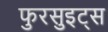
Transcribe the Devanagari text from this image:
फुरसुइट्स